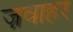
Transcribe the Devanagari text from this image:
ज़वाहर